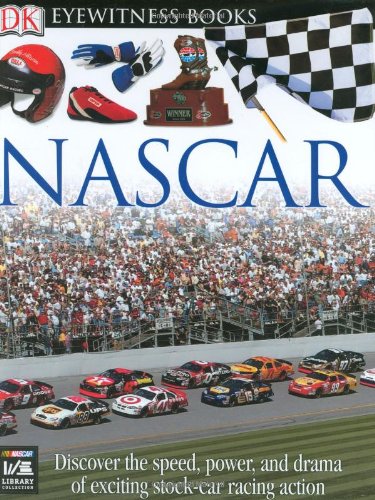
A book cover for Nascar (DK Eyewitness Books); James Buckley Jr.; Children's Books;